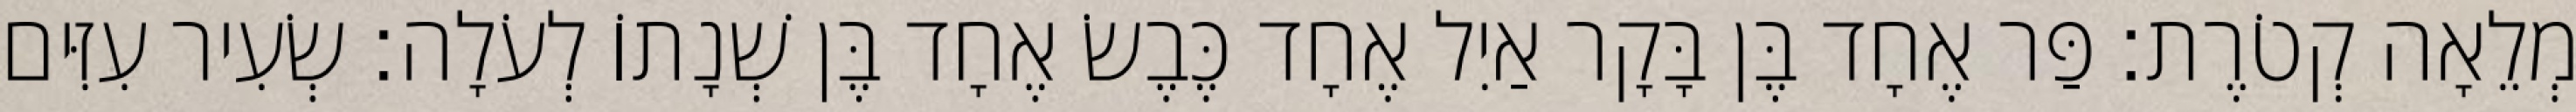
מְלֵאָה קְטֹרֶת׃ פַּר אֶחָד בֶּן בָּקָר אַיִל אֶחָד כֶּבֶשׂ אֶחָד בֶּן שְׁנָתוֹ לְעֹלָה׃ שְׂעִיר עִזִּים